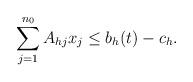
LaTeX: \begin{align*} \sum_{j=1}^{n_0} A_{hj} x_j \le b_h(t) - c_h. \end{align*}